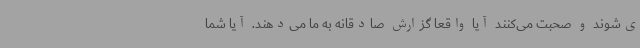
ی‌شوند و صحبت می‌کنند آیا واقعا گزارش صادقانه به ما می‌دهند. آیا شما